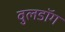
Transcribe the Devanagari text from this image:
वुलडॉग